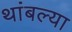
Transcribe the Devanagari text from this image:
थांबल्या